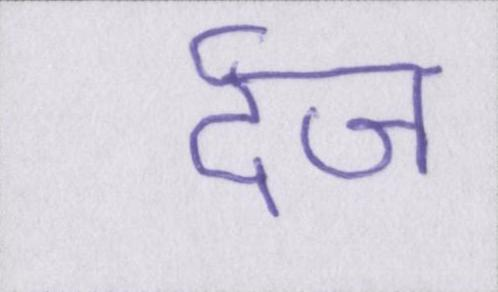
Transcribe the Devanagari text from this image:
र्दज